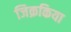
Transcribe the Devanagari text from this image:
जिक्रकिया